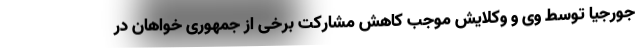
جورجیا توسط وی و وکلایش موجب کاهش مشارکت برخی از جمهوری خواهان در